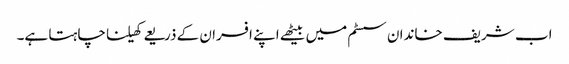
اب شریف خاندان سسٹم میں بیٹھے اپنے افسران کے ذریعے کھیلنا چاہتا ہے۔